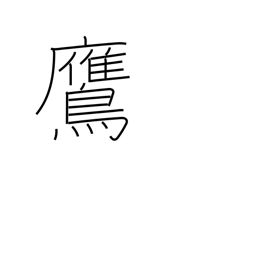
Meaning: hawk